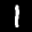
Label: 1